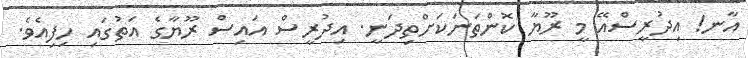
އާނ! އިދުރީސްއޭ މީ ރޫޔާ ކޮންތަނަކަށްތިދަނީ. އިދުރީސް އައިސް ރޫޔާގެ އަތުގައި ހިފިއެވެ.